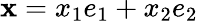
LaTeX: {\mathbf x}=x_{1}e_{1}+x_{2}e_{2}